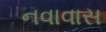
નવાવાસ